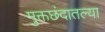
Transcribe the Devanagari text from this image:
मुक्तछंदातल्या